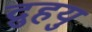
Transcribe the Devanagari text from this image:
द्रुुहयु